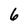
Character: 6